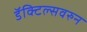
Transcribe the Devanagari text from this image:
डॅक्टिल्सवरुन